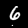
Digit: 6